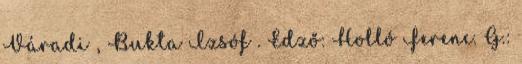
Váradi , Bukta Izsóf . Edző: Holló Ferenc. G.: